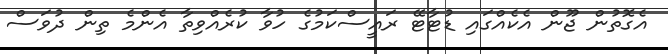
އެގޮތުން ޖޫން އެކެއްގައި ޑުޓާޓޭ ރައީސްކަމުގެ ހުވާ ކުރެއްވިތާ އެންމެ ތިން ދުވަސް